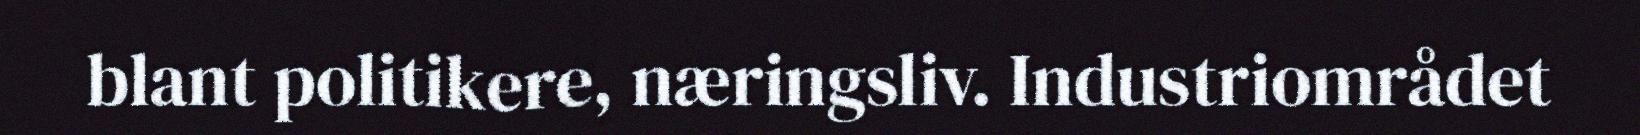
blant politikere, næringsliv. Industriområdet